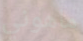
ماهوني